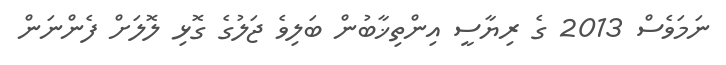
ނަމަވެސް 2013 ގެ ރިޔާސީ އިންތިޚާބުން ބަލިވެ ޖަލުގެ ގޮޅި ލޮލަށް ފެންނަން